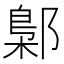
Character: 鄡